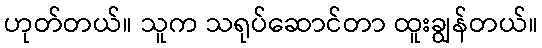
ဟုတ်တယ်။ သူက သရုပ်ဆောင်တာ ထူးချွန်တယ်။